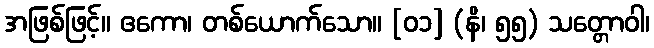
အဖြစ်ဖြင့်။ ဧကော၊ တစ်ယောက်သော။ [၀၁] (နိ၊ ၅၅) သတ္တောဝါ၊